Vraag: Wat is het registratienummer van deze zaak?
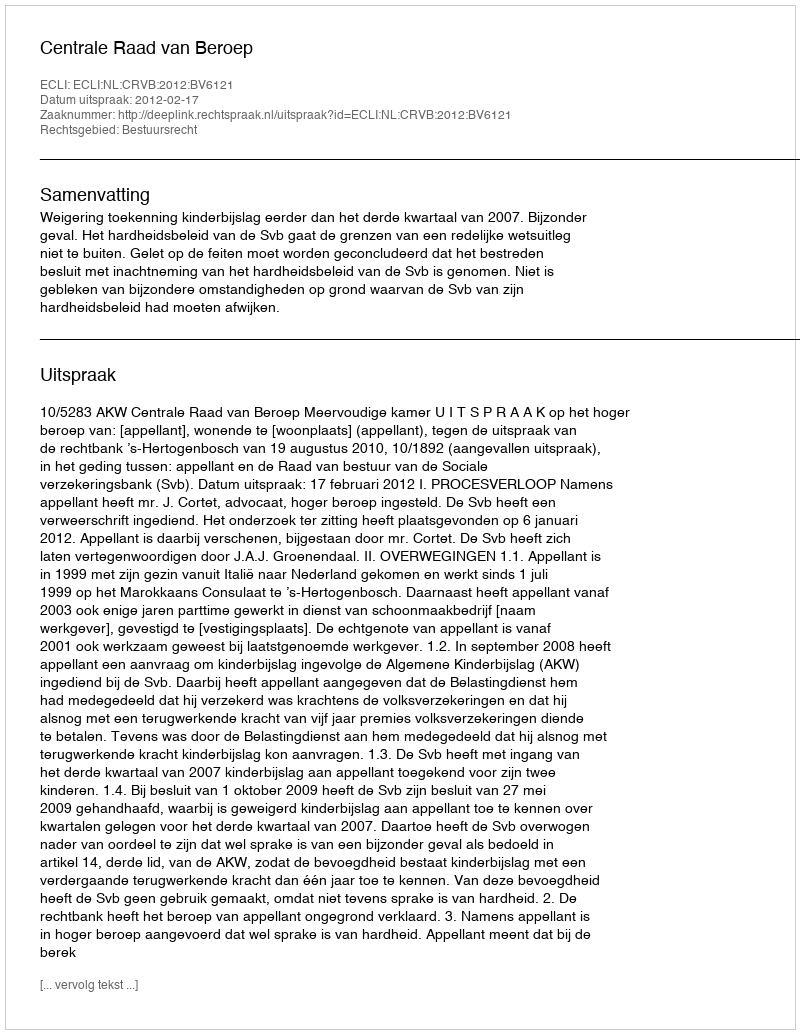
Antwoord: http://deeplink.rechtspraak.nl/uitspraak?id=ECLI:NL:CRVB:2012:BV6121